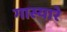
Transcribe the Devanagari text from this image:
गास्यारे